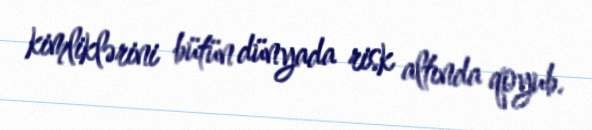
kimliklərini bütün dünyada risk altında qoyub.